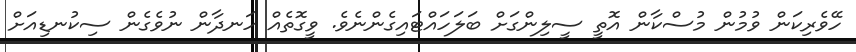
ހޭވެރިކަން ވުމުން މުސްކާން އޮތީ ސީލިންގަށް ބަލަހައްޓައިގެންނެވެ. ވީގޮތެއް ހަނދާން ނުވެގެން ސިކުނޑިއަށް